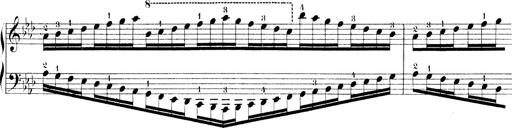
Title: Technische Studien
Composer: Franz Liszt